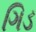
ગિડ